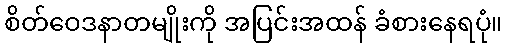
စိတ်ဝေဒနာတမျိုးကို အပြင်းအထန် ခံစားနေရပုံ။